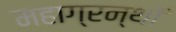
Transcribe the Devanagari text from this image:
महाग्रन्थों